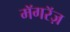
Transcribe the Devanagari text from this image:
मॅगरॅज़